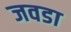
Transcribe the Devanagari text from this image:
जवडा